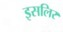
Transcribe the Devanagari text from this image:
इसलिर